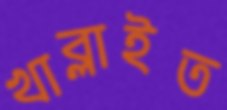
খাব্‌লাইত